Indian journal of veterinary science and animal husbandry - Volume 9,
Year: 1939
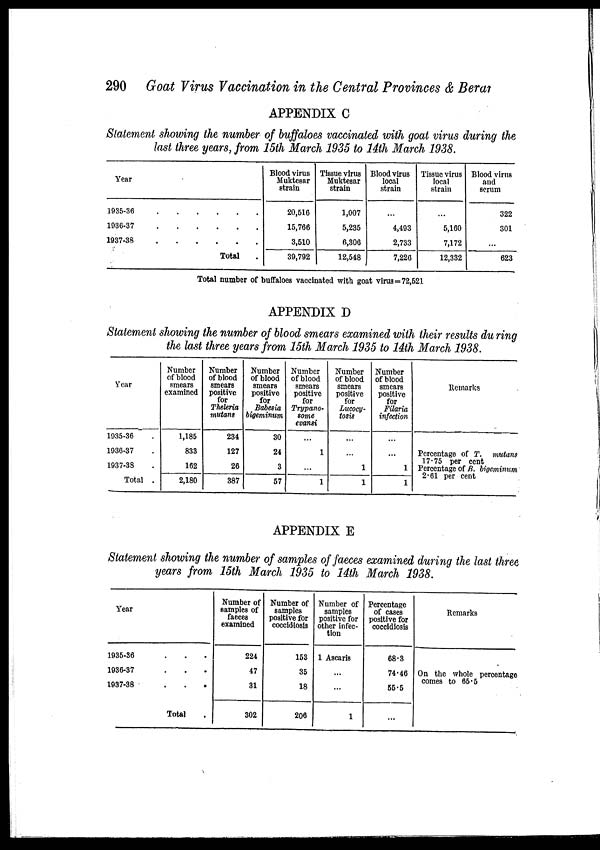
290 Goat Virus Vaccination in the Central Provinces & Berar
APPENDIX C
Statement showing the number of buffaloes vaccinated with goat virus during the
last three years, from 15th March 1935 to 14th March 1938.
Year
1935-36
.
.
.
.
.
.
1936-37 . . . . . .
1937-38
.
.
.
.
.
.
Total .
Blood virus
Muktesar
strain
20,516
15,766
3,510
39,792
Tissue virus
Muktesar
strain
1,007
5,235
6,306
12,548
Blood virus
local
strain
...
4,493
2,733
7,226
Tissue virus
local
strain
...
5,160
7,172
12,332
Blood virus
and
serum
322
301
...
623
Total number of buffaloes vaccinated with goat virus = 72,521
APPENDIX D
Statement showing the number of blood smears examined with their results during
the last three years from 15th March 1935 to 14th March 1938.
Year
1935-36 .
1936-37 .
1937-38 .
Total .
Number
of blood
smears
examined
1,185
833
162
2,180
Number
of blood
smears
positive
for
Theleria
mutans
234
127
26
387
Number
of blood
smears
positive
for
Babesia
bigeminum
30
24
3
57
Number
of blood
smears
positive
for
Trypano¬
some
evansi
...
1
...
1
Number
of blood
smears
positive
for
Lucocy¬
tosis
...
...
1
1
Number
of blood
smears
positive
for
Filaria
infection
...
...
1
1
Remarks
Percentage of T.
mutans
17.75 per cent
Percentage of B. bigeminum
2.61 per cent
APPENDIX E
Statement showing the number of samples of faeces examined during the last three
years from, 15th March 1935 to 14th March 1938.
Year
1935-36 . . .
1936-37 . . .
1937-38
.
.
.
Total .
Number of
samples of
faeces
examined
224
47
31
302
Number of
samples
positive for
coccidiosis
153
35
18
206
Number of
samples
positive for
other infec-
tion
1 Ascaris
...
...
1
Percentage
of cases
positive for
coccidiosis
68.3
74.46
55.5
Remarks
On the whole percentage
comes to 65.5